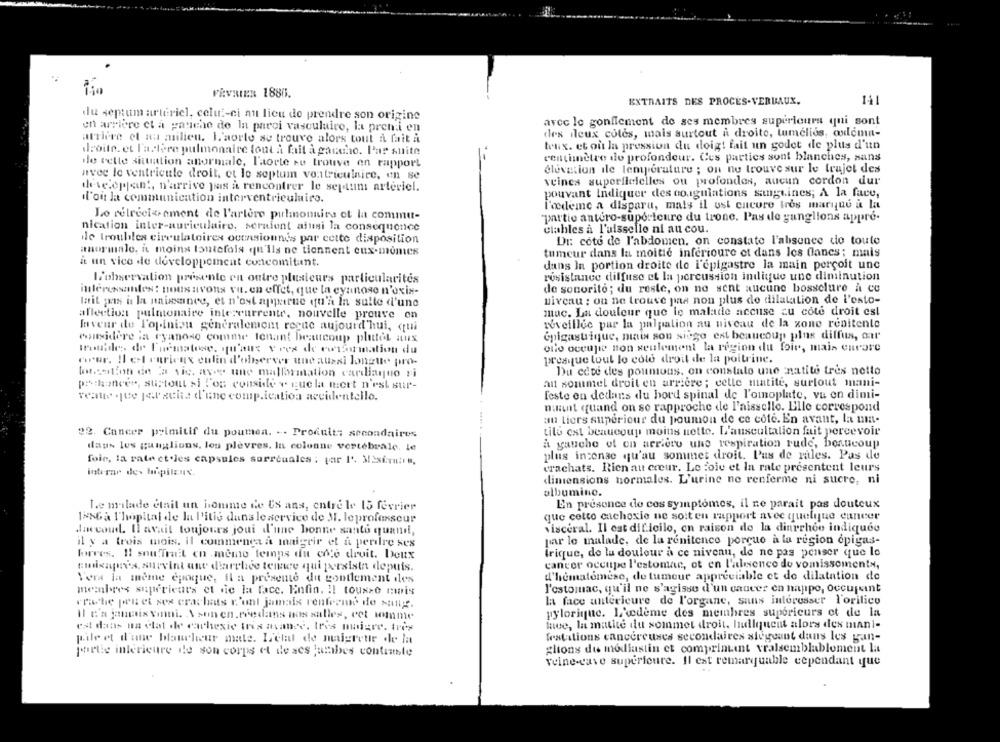
FRVRIER 1880.
EXTRAITS DES PROCES.VERBAUX.
du septum arteriel, celui-ci au lieu de prendre son origine
avec le gonflement de ses membres superieura qui sont
en arrière ct a gauche de la paroi vasculaire, la prendi en
des ileux coles, mais surtout a droite, tumelies, oodoma-
arriere et na milieu. L'aorte se trouve alors tout À fait à
teux. et ou la pression du doigt fait un godet de plus d'un
droite. et l'actere pulmonaire tout à fait à gaucho. Par suite
de cette situation anormale, l'aorte zu trouve en rapport
centimètre de profondeur. Ces parties sont blanches, sans
elevation ile temperature ; on ne trouve sur le trajet des
avec le ventricule droit, et le septum ventriculaire, en se
veines superficielles ou profondes, aucun cordon dur
developpan', n'arrive pas a rencontrer le septum arteriel.
pouvant Indiquer des coagulations sanguines; A la face,
l'on la communication interventriculaire.
l'ocdeme a disparu, mais il ust cucure tres marque à la
Lo rétrécissement de l'artère pulmonnies et la commut-
"partio antero-superieure du trone. Pas de ganglions appre-
nication inter-auriculaire, seraient ainsi la consequence
ciables à l'uisselle ni au cou.
le troubles circulatoires occasionnés par cette disposition
Di: coto de l'abdomen. on constate l'absence de toute
anormale, it moins toutefois qu'ils ne tiennent eux-mêmes
tumeur dans la moitié inferioure et dans les Clanes; mais
a un vice de developpement concomitant.
dans In portion droite de l'epigastre la main perçoit unc
l'observation presente en outre plusieurs particularités
résistance diffuse et la percussion indique une diminution
de sonorito; du reste, on ne sent aucune bossclure à ce
interessantes: nous avons vu. en effet, que la cyanose n'oxix-
lait pas is la naissance, et n'ost apparue qu'a In suite d'une
niveau : on ne trouve pas non plus de dilatation de l'osto-
muc. La douleur que le malade accuse zu côté droit est
allection pulmonaire intercurrente, nouvelle prouve en
laveur de l'opinion generalement regue aujourd'hui, qui
reveille par la palpation au niveau de la zone renitente
considere ia ryanoso comme tenant beaucoup plutet aux
epigastrique, mais son siège est beaucoup plus diffus, air
trouides de Inematoce, qu'aux v rez de eurormation du
olio occupie non seulement la region du foie, mais curare
cour. Il est curieux culin d'observer und aussi longue pro-
presque tout lo cole droit de la poitrine.
Du cete des poumons, on constalo une natite tres netto
loneation de la vic. avec une malformation cardiaquo zi
pedconcer, surtout si l'on conside v quela mort n'est sur-
an sommel droit en arrière; cette matite, surtout mani-
vratis .jte jer suite d'une comp.ication accidentello.
feste en dedans du bord spinal de l'omoplate, vu en dimi-
mint quand on se rapproche de l'aisselle. Elle correspond
au tiers superieur du poumon de ce cote. En avant, la mm-
tilo est beaucoup moins nette. L'auscultalion fait percevoir
22. Cancer primitif du poumen. .. Produits secondaires
a gauche of en arriere une respiration rude, beaucoup
dans les ganglions, lou plèvres, In colonne vertébrale, le
foie, la rate ct .les capsules surrcuales ; par 1'. Misem ....
plus incense qu'au sommet droit. Pas de rales. Pas de
crachats. Rien au coeur. Le foie et In rate presentent leurs
interar des hopilenv.
dimensions normales. L'urine ne renferme ni sucre, ni
albumino.
En presence de cos symptomes, il ne parait pas douteux
Le malade email un homme de Us ans, entre le 15 fevrier
1886a l'hopital de la Pitis dans le service de M. leprofesseur
que cette cachoxie ne soit en rapport avec quelque cancer
daccoud. Il avait toujours joui d'une bonne sante quand,
visceral. Il est dificilo, en raison de la diarrhoe indiqueo
par le malade, de la renitence percuo à la region epigas-
il y a trois mois, il commença à maigrir et à perdre ses
Torres. Il sou Trait en .meme temps du cote droit. Deux
Irique, do la douleur à ce niveau, de ne pas penser que le
cancer occupe l'estomac, ot en l'absence de vomissoments,
emisaprès, survind ane diarrhée tennce qui persista depuis.
Vers la meme epoque, il a presente du gontlement des
d'hématomese, de tumeur appréciable et de dilatation de
membres supérieurs et die la face. Enfin. !! touxse mais
l'estomac, qu'il ne s'agisse d'un cancer en nappe, occupent
la face antericure de l'organe, sans interesser l'orilico
cricche penet sex crachats n'ont jamais renferme de sang.
Il t'a janmais vomi. Asun en.reedans nos salles, cet winme
pylorique. L'edeme des membres superieurs et de la
est dans na vlat de cachexic tres avance. Ires maigre. très
ince, In matite du sommet droit, hullquent alors des mani-
pile et d'une blancheur mate. L'etat de naigrette de la
festations cancéreuses secondaires siègeant dans les gan-
partie interieure ile son corps et de ses jambes contante
glions du mediastin et comprintent vraisemblablement la
veine-cave superieure. Il est remarquable cependant que